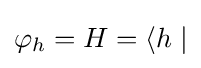
\varphi _{h}=H=\langle h\mid